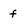
Character: f